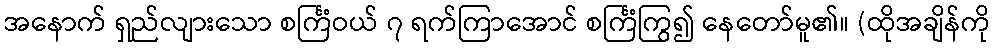
အနောက် ရှည်လျားသော စင်္ကြံဝယ် ၇ ရက်ကြာအောင် စင်္ကြံကြွ၍ နေတော်မူ၏။ (ထိုအချိန်ကို